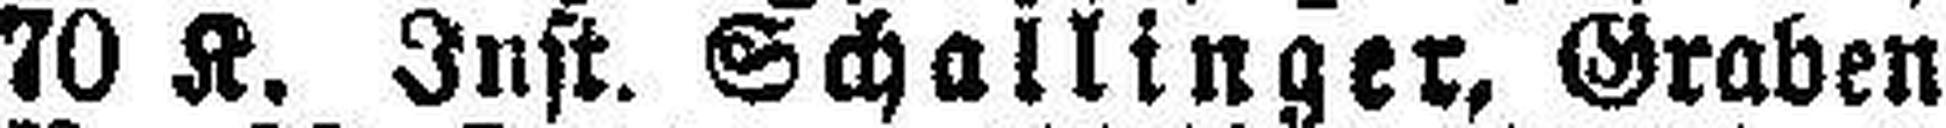
70 K. Inst. Schallinger, Graben